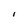
Character: i